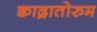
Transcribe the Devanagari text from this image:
क्वाद्रातोरुम